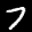
Label: 7